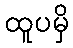
ထူပမှိ